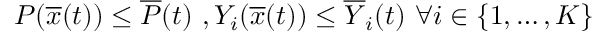
P ( { \overline { { x } } } ( t ) ) \leq { \overline { { P } } } ( t ) { \mathrm { ~ } } , { \mathrm { } } Y _ { i } ( { \overline { { x } } } ( t ) ) \leq { \overline { { Y } } } _ { i } ( t ) { \mathrm { ~ } } \forall i \in \{ 1 , \ldots , K \}